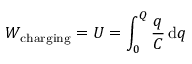
W _ { \mathrm { c h a r g i n g } } = U = \int _ { 0 } ^ { Q } { \frac { q } { C } } \, \mathrm { d } q